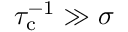
\tau _ { \mathrm { c } } ^ { - 1 } \gg \sigma